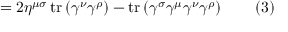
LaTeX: = 2 \eta ^ { \mu \sigma } \operatorname { t r } \left( \gamma ^ { \nu } \gamma ^ { \rho } \right) - \operatorname { t r } \left( \gamma ^ { \sigma } \gamma ^ { \mu } \gamma ^ { \nu } \gamma ^ { \rho } \right) \quad \quad ( 3 )